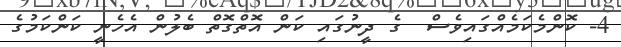
4- ކޮންމެކަމެއްގައިވެސް  ގެ ދީނުގައި ކަން އޮތްގޮތް ބެލުން އެހެނީ ކަންކަމުގެ